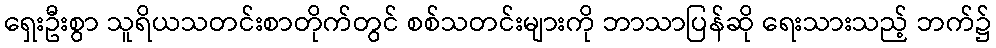
ရှေးဦးစွာ သူရိယသတင်းစာတိုက်တွင် စစ်သတင်းများကို ဘာသာပြန်ဆို ရေးသားသည့် ဘက်၌